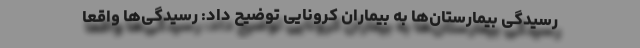
رسیدگی بیمارستان‌ها به بیماران کرونایی توضیح داد: رسیدگی‌ها واقعا